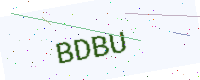
Text: BDBU